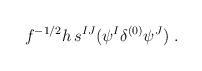
LaTeX: \begin{align*} f^{-1/2} h \, s^{IJ}(\psi^I \delta^{(0)} \psi^J)~.\end{align*}